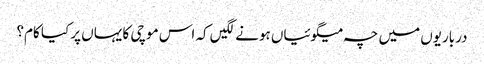
درباریوں میں چہ میگوئیاں ہونے لگیں کہ اس موچی کا یہاں پر کیا کام؟